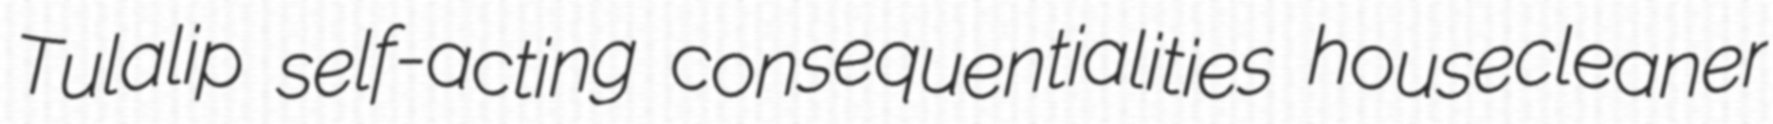
Tulalip self-acting consequentialities housecleaner